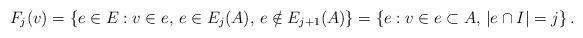
LaTeX: \begin{align*}F_j(v) = \{e \in E : v\in e, \, e \in E_j(A),\, e\notin E_{j+1}(A) \}= \{e: v\in e\subset A,\, |e\cap I|=j\}\,.\end{align*}